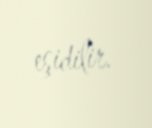
eşidilir.